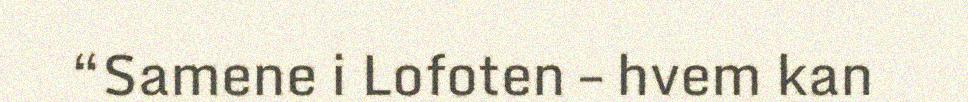
“Samene i Lofoten – hvem kan